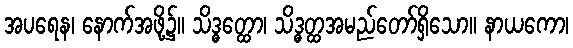
အပရေန၊ နောက်အဖို့၌။ သိဒ္ဓတ္ထော၊ သိဒ္ဓတ္ထအမည်တော်ရှိသော။ နာယကော၊